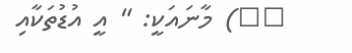
٣٥) މާނައަކީ: " އީ އުޑުތަކާއި